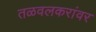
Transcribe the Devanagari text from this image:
तळवलकरांवर